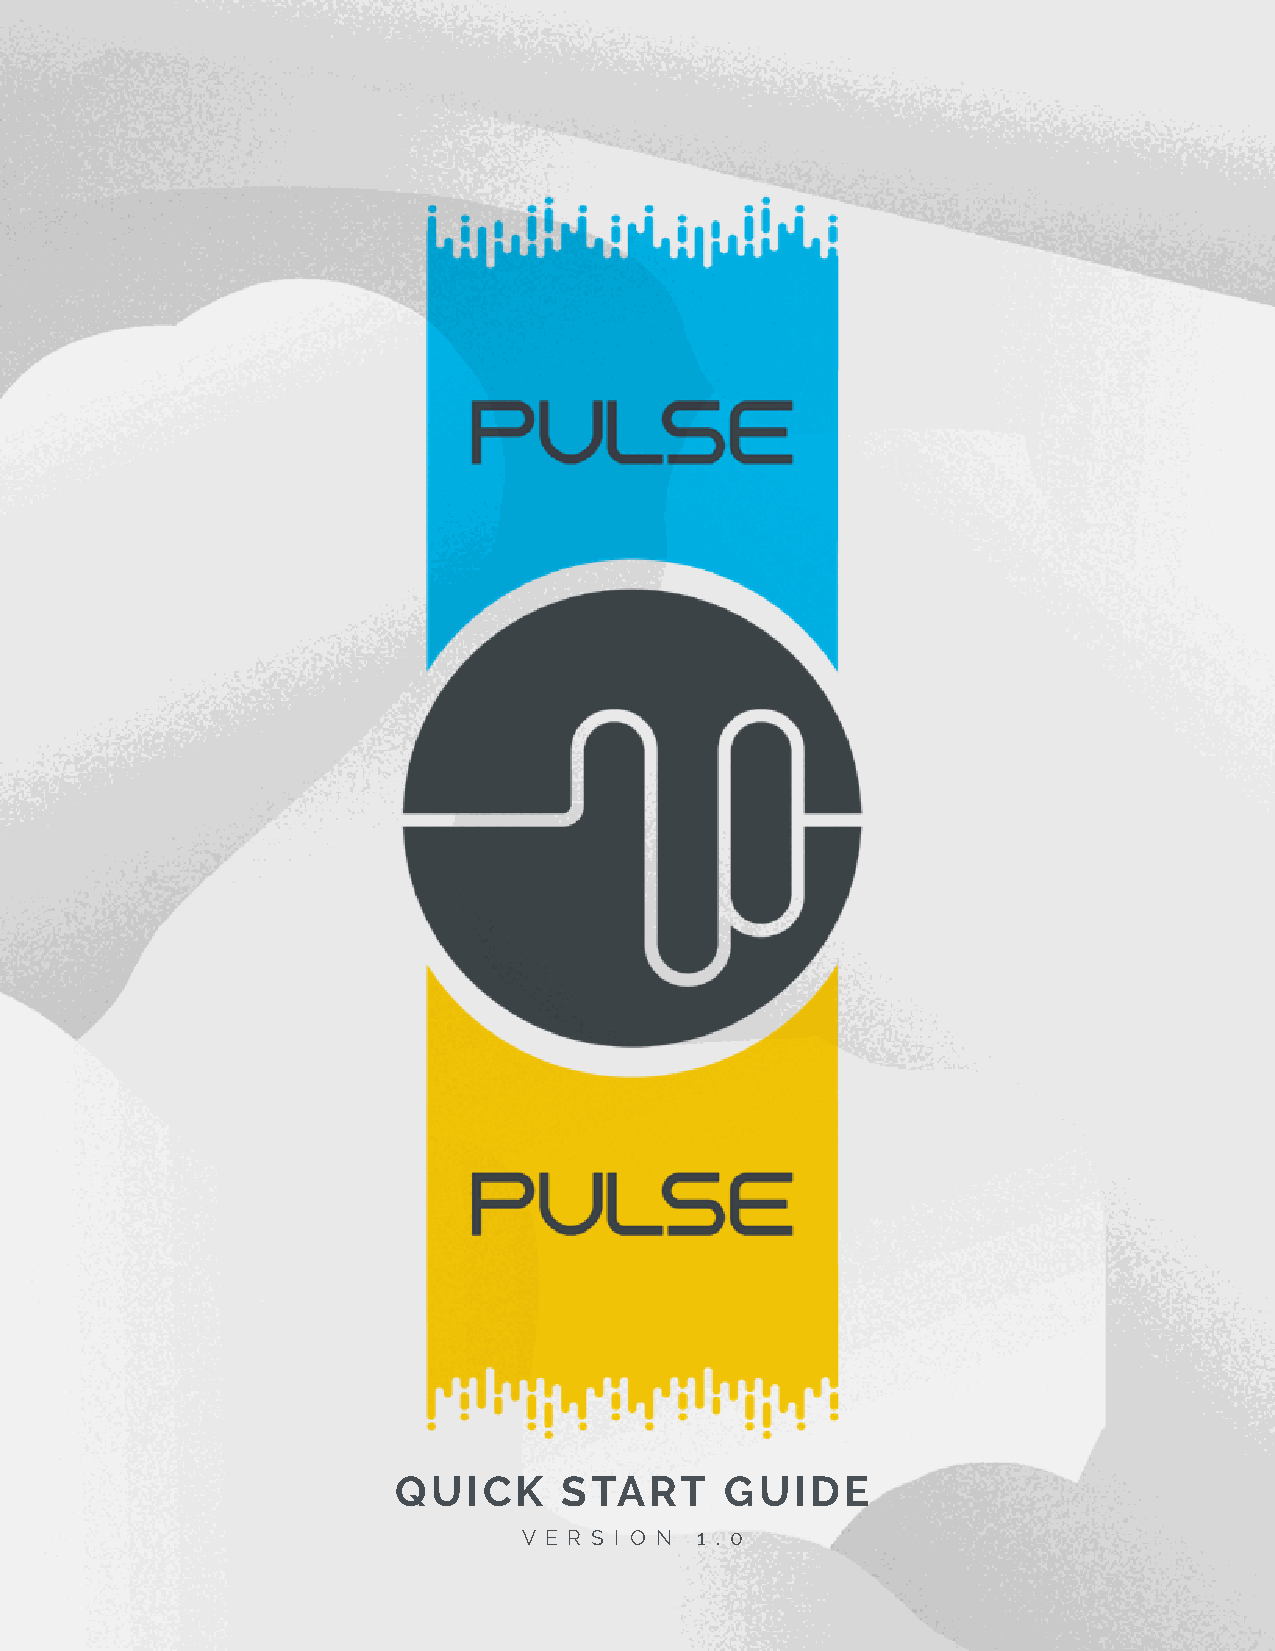
QUICK      START      GUIDE
 V E R S I O N 1 . 0